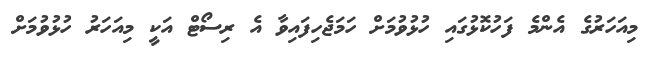
މިއަހަރުގެ އެންމެ ފަހުކޮޅުގައި ހުޅުވުމަށް ހަމަޖެހިފައިވާ އެ ރިސޯޓް އަކީ މިއަހަރު ހުޅުވުމަށް